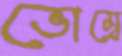
ভোম্বে